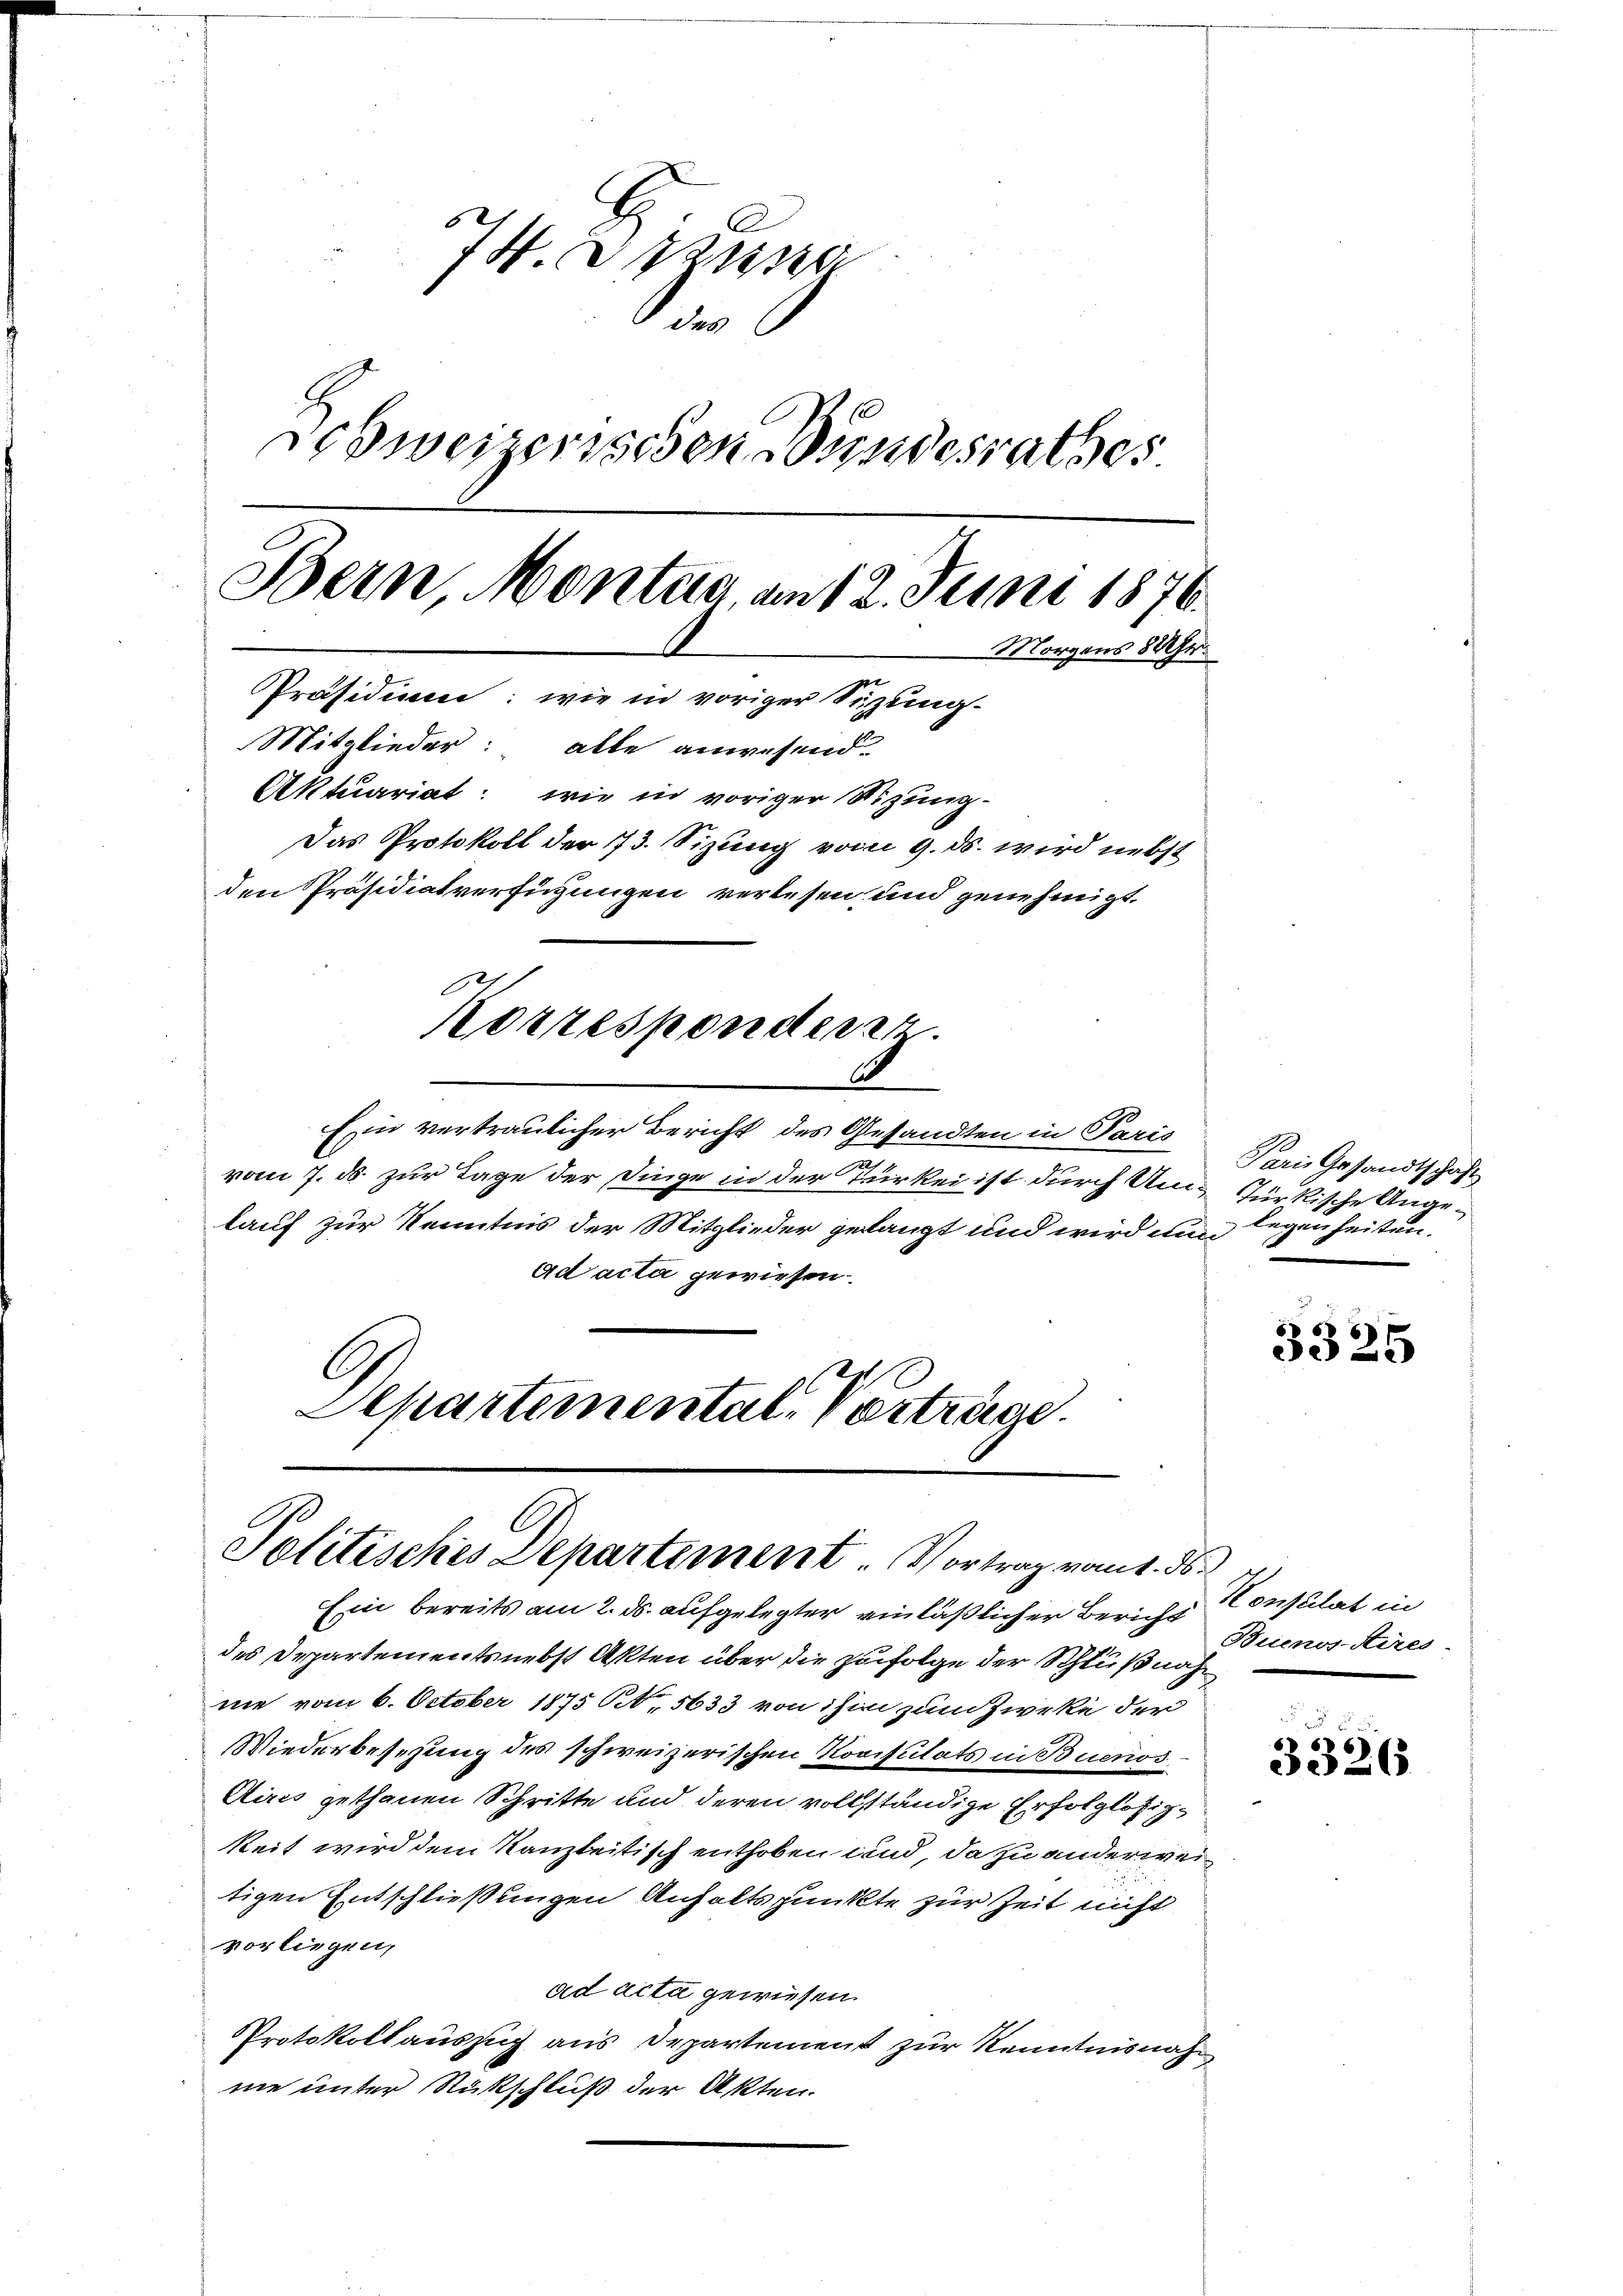
a
 des
ehweizerischen Bundesrathes
Bein Montag, am 12. Juni 1876.
Morgens 889fr.
Präsidium: wie in voriger Sizung-
Mitglieder: alle anwesend.
Aktuariat: wie in voriger Nizung-
Das Protokoll der 773. Sizung vom 9. ds. wird nebst
den Präsidiatverfügungen verlesen und genehmigt.
Korresponderer
C

Ein vertraulicher Bericht des Gesandten in Paris
vom 7. ds. zur Tage der Dinge in der Türkei ist durch Umlauf zur Kenntnis der Mitglieder gelangt und wird nun legenheiten.
ad acta gewiesen.
C
Departemental-Vertrage.

Politisches Departement. Vortrag vom 1. ds.

Ein bereits am 2. ds. aufgelegter einläßlicher Bericht Consulat in
des Departements nebst Akten über die zufolge der Schlußnahnie vom 6. October 1875 N., 5633 von ihm zum Zweke der
Wiederbesehung des schweizerischen Rovisitats in Buenos
Aires gethanen Schritte und deren vollständige Erfolglosigkeit wird dem Kanzleitisch enthoben und, da zu anderweitigen Entschließungen Anhaltspunkte zur Zeit nicht
vorliegen,
ad acta gewiesen.
Protokollauszug aus Departement zur Kenntnisnahne unter Rückschluß der Akten.

Paris Gesandtschaft
Türkische Ange¬

5
3325

Buenos-Aires

3326